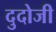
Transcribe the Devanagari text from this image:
दुदोजी